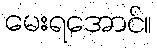
မေးရအောင်။